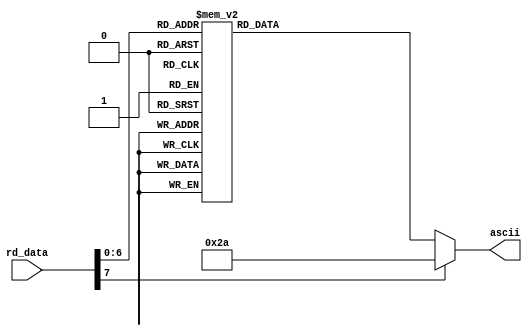
`timescale 1ns / 1ps

module ascii_conv( //converts the real data from kb module to ASCII
	input[7:0] rd_data,
	output reg[7:0] ascii
    );
 always @* begin
		ascii=0;
		case(rd_data)
			8'h45: ascii = 8'h30; //0
			8'h16: ascii = 8'h31; //1
			8'h1e: ascii = 8'h32; //2
			8'h26: ascii = 8'h33; //3
			8'h25: ascii = 8'h34; //4
			8'h2e: ascii = 8'h35; //5
			8'h36: ascii = 8'h36; //6
			8'h3d: ascii = 8'h37; //7
			8'h3e: ascii = 8'h38; //8
			8'h46: ascii = 8'h39; //9
			
			8'h1c: ascii = 8'h41; //A
			8'h32: ascii = 8'h42; //B
			8'h21: ascii = 8'h43; //C
			8'h23: ascii = 8'h44; //D
			8'h24: ascii = 8'h45; //E
			8'h2b: ascii = 8'h46; //F
			8'h34: ascii = 8'h47; //G
			8'h33: ascii = 8'h48; //H
			8'h43: ascii = 8'h49; //I
			8'h3b: ascii = 8'h4a; //J
			8'h42: ascii = 8'h4b; //K
			8'h4b: ascii = 8'h4c; //L
			8'h3a: ascii = 8'h4d; //M
			8'h31: ascii = 8'h4e; //N
			8'h44: ascii = 8'h4f; //O
			8'h4d: ascii = 8'h50; //P
			8'h15: ascii = 8'h51; //Q
			8'h2d: ascii = 8'h52; //R
			8'h1b: ascii = 8'h53; //S
			8'h2c: ascii = 8'h54; //T
			8'h3c: ascii = 8'h55; //U
			8'h2a: ascii = 8'h56; //V
			8'h1d: ascii = 8'h57; //W
			8'h22: ascii = 8'h58; //X
			8'h35: ascii = 8'h59; //Y
			8'h1a: ascii = 8'h5a; //Z
			
			8'h0e: ascii = 8'h60; // `
			8'h4e: ascii = 8'h2d; // - 
			8'h55: ascii = 8'h3d; // =
			8'h54: ascii = 8'h5b; // [
			8'h5b: ascii = 8'h5d; // ]
			8'h5d: ascii = 8'h5c; // \
			8'h4c: ascii = 8'h3b; // ;
			8'h52: ascii = 8'h27; // '
			8'h41: ascii = 8'h2c; // ,
			8'h49: ascii = 8'h2e; // .
			8'h4a: ascii = 8'h2f; // /
			
			8'h29: ascii = 8'h20; //Y
			8'h5a: ascii = 8'h0d; //Z 
			8'h66: ascii = 8'h08; //Z 
			default: ascii = 8'h2a;
			
		endcase
	 end

endmodule